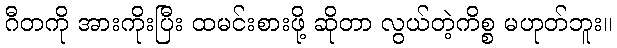
ဂီတကို အားကိုးပြီး ထမင်းစားဖို့ ဆိုတာ လွယ်တဲ့ကိစ္စ မဟုတ်ဘူး။